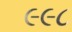
૯૯૮